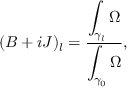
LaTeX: ( B + i J ) _ { l } = \frac { \displaystyle \int _ { \gamma _ { l } } \Omega } { \displaystyle \int _ { \gamma _ { 0 } } \Omega } ,